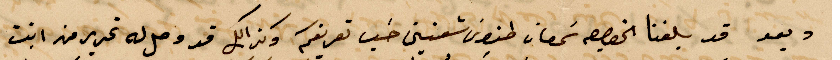
وبعد قد بلغنا بخصوص سمعان طنوس شعنيني حسب تعريفكم وكذلك قد وصل له تحرير من ابنت